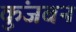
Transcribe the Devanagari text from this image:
कुंजबन